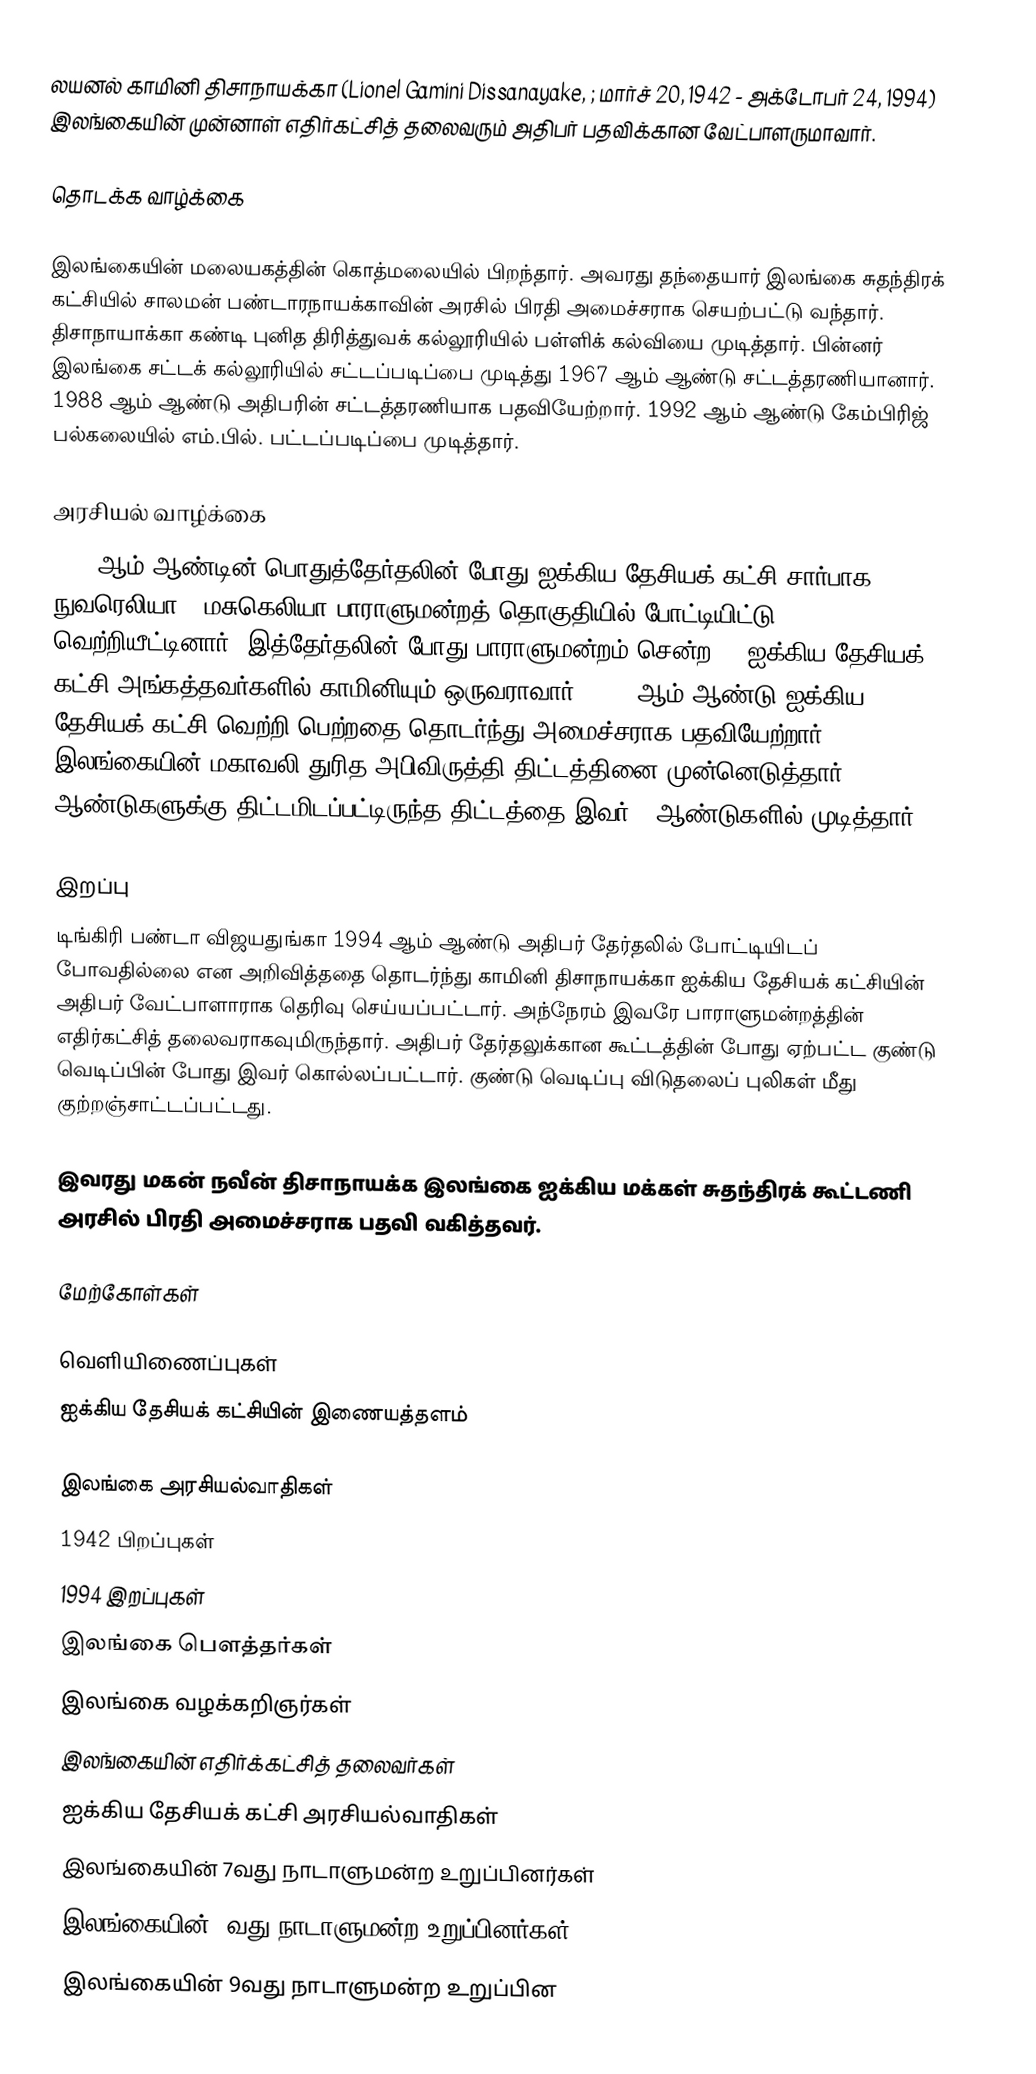
லயனல் காமினி திசாநாயக்கா (Lionel Gamini Dissanayake, ; மார்ச் 20, 1942 - அக்டோபர் 24, 1994) இலங்கையின் முன்னாள் எதிர்கட்சித் தலைவரும் அதிபர் பதவிக்கான வேட்பாளருமாவார்.

தொடக்க வாழ்க்கை

இலங்கையின் மலையகத்தின் கொத்மலையில் பிறந்தார். அவரது தந்தையார் இலங்கை சுதந்திரக் கட்சியில் சாலமன் பண்டாரநாயக்காவின் அரசில் பிரதி அமைச்சராக செயற்பட்டு வந்தார். திசாநாயாக்கா கண்டி புனித திரித்துவக் கல்லூரியில் பள்ளிக் கல்வியை முடித்தார். பின்னர் இலங்கை சட்டக் கல்லூரியில் சட்டப்படிப்பை முடித்து  1967 ஆம் ஆண்டு சட்டத்தரணியானார். 1988 ஆம் ஆண்டு அதிபரின் சட்டத்தரணியாக பதவியேற்றார். 1992 ஆம் ஆண்டு கேம்பிரிஜ் பல்கலையில் எம்.பில். பட்டப்படிப்பை முடித்தார்.

அரசியல் வாழ்க்கை
1970 ஆம் ஆண்டின் பொதுத்தேர்தலின் போது ஐக்கிய தேசியக் கட்சி சார்பாக நுவரெலியா - மசுகெலியா பாராளுமன்றத் தொகுதியில் போட்டியிட்டு வெற்றியீட்டினார். இத்தேர்தலின் போது பாராளுமன்றம் சென்ற 17 ஐக்கிய தேசியக் கட்சி அங்கத்தவர்களில் காமினியும் ஒருவராவார். 1977 ஆம் ஆண்டு ஐக்கிய தேசியக் கட்சி வெற்றி பெற்றதை தொடர்ந்து அமைச்சராக பதவியேற்றார். இலங்கையின் மகாவலி துரித அபிவிருத்தி திட்டத்தினை முன்னெடுத்தார். 30 ஆண்டுகளுக்கு திட்டமிடப்பட்டிருந்த திட்டத்தை இவர் 6 ஆண்டுகளில் முடித்தார்.

இறப்பு
டிங்கிரி பண்டா விஜயதுங்கா 1994 ஆம் ஆண்டு அதிபர் தேர்தலில் போட்டியிடப் போவதில்லை என அறிவித்ததை தொடர்ந்து காமினி திசாநாயக்கா ஐக்கிய தேசியக் கட்சியின் அதிபர் வேட்பாளாராக தெரிவு செய்யப்பட்டார். அந்நேரம் இவரே பாராளுமன்றத்தின் எதிர்கட்சித் தலைவராகவுமிருந்தார். அதிபர் தேர்தலுக்கான கூட்டத்தின் போது ஏற்பட்ட குண்டு வெடிப்பின் போது இவர் கொல்லப்பட்டார். குண்டு வெடிப்பு விடுதலைப் புலிகள் மீது குற்றஞ்சாட்டப்பட்டது.

இவரது மகன் நவீன் திசாநாயக்க இலங்கை ஐக்கிய மக்கள் சுதந்திரக் கூட்டணி அரசில் பிரதி அமைச்சராக பதவி வகித்தவர்.

மேற்கோள்கள்

வெளியிணைப்புகள்
 ஐக்கிய தேசியக் கட்சியின் இணையத்தளம்

இலங்கை அரசியல்வாதிகள்
1942 பிறப்புகள்
1994 இறப்புகள்
இலங்கை பௌத்தர்கள்
இலங்கை வழக்கறிஞர்கள்
இலங்கையின் எதிர்க்கட்சித் தலைவர்கள்
ஐக்கிய தேசியக் கட்சி அரசியல்வாதிகள்
இலங்கையின் 7வது நாடாளுமன்ற உறுப்பினர்கள்
இலங்கையின் 8வது நாடாளுமன்ற உறுப்பினர்கள்
இலங்கையின் 9வது நாடாளுமன்ற உறுப்பின